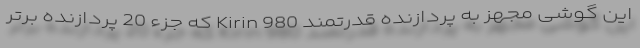
این گوشی مجهز به پردازنده قدرتمند Kirin 980 که جزء 20 پردازنده برتر